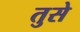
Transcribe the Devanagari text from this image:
तुसे